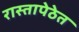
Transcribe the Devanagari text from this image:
रास्तापेठेत